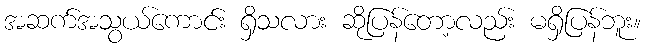
အဆက်အသွယ်ကောင်း ရှိသလား ဆိုပြန်တော့လည်း မရှိပြန်ဘူး။